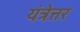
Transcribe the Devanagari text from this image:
यंत्रेत्तर